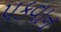
પકવાન